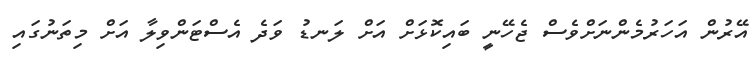
އޭރުން އަހަރުމެންނަށްވެސް ޖެހޭނީ ބައިކޮޅަށް އަށް ލަނޑު ވަދެ އެސްޓަންވިލާ އަށް މިތަނުގައި